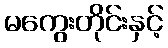
မကွေးတိုင်းနှင့်